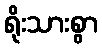
ရိုးသားစွာ